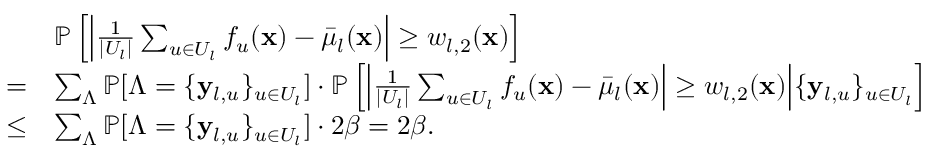
\begin{array} { r l } & { \mathbb { P } \left[ \left| \frac { 1 } { | U _ { l } | } \sum _ { u \in U _ { l } } f _ { u } ( \mathbf { x } ) - \bar { \mu } _ { l } ( \mathbf { x } ) \right| \geq w _ { l , 2 } ( \mathbf { x } ) \right] } \\ { = } & { \sum _ { \Lambda } \mathbb { P } [ \Lambda = \{ \mathbf { y } _ { l , u } \} _ { u \in U _ { l } } ] \cdot \mathbb { P } \left[ \left| \frac { 1 } { | U _ { l } | } \sum _ { u \in U _ { l } } f _ { u } ( \mathbf { x } ) - \bar { \mu } _ { l } ( \mathbf { x } ) \right| \geq w _ { l , 2 } ( \mathbf { x } ) \middle | \{ \mathbf { y } _ { l , u } \} _ { u \in U _ { l } } \right] } \\ { \leq } & { \sum _ { \Lambda } \mathbb { P } [ \Lambda = \{ \mathbf { y } _ { l , u } \} _ { u \in U _ { l } } ] \cdot 2 \beta = 2 \beta . } \end{array}